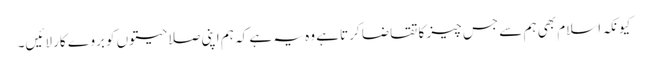
کیونکہ اسلام بھی ہم سے جس چیز کا تقاضا کرتا ہے وہ یہ ہے کہ ہم اپنی صلاحیتوں کو بروے کار لائیں۔